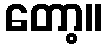
တော့။